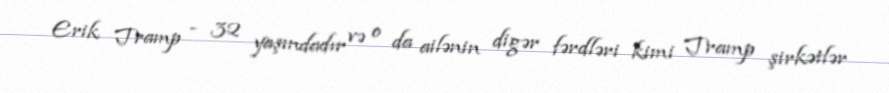
Erik Tramp - 32 yaşındadır və o da ailənin digər fərdləri kimi Tramp şirkətlər